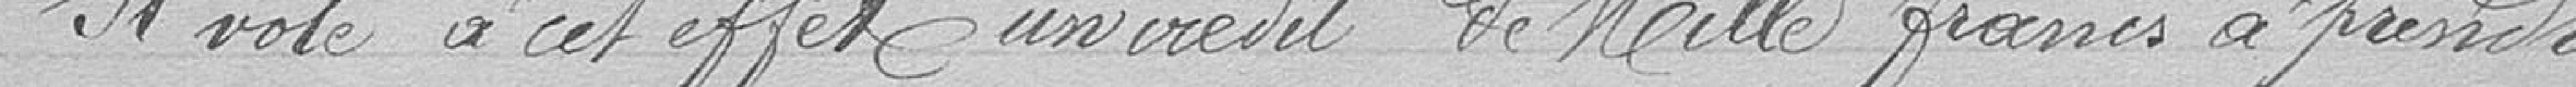
Il vote à cet effet un crédit de mille francs à prendre